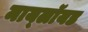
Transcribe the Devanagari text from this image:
माय्लॉयड